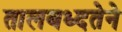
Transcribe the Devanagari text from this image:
तालबध्दतेने